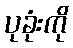
ပုခုံးကို